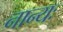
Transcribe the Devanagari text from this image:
नान्यः